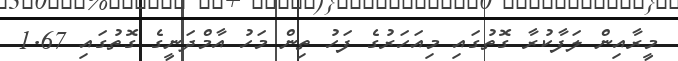
މީރާއިން ލަފާކުރާ ގޮތުގައި މިއަހަރުގެ ފަހު ތިން މަހު އާމްދަނީގެ ގޮތުގައި 1.67